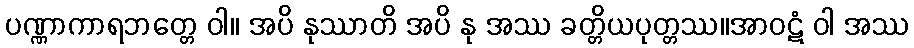
ပဏ္ဏာကာရဘတ္တေ ဝါ။ အပိ နုဿာတိ အပိ နု အဿ ခတ္တိယပုတ္တဿ။အာဝဋံ ဝါ အဿ